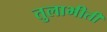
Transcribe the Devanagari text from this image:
तुलाभीती